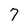
Character: 7